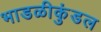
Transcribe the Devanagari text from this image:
भाडळीकुंडल